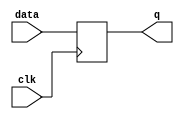
module flipflop(
    input wire clk,
    input wire data,
    output reg q
);

always @(posedge clk) begin
    q <= data;
end

endmodule